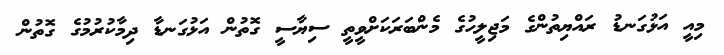
މިއީ އަޅުގަނޑު ރައްޔިތުންގެ މަޖިލީހުގެ މެންބަރަކަށްވީތީ ސިޔާސީ ގޮތުން އަޅުގަނޑާ ދިމާކުރުމުގެ ގޮތުން